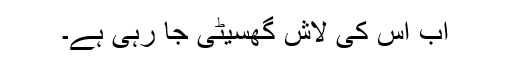
اب اس کی لاش گھسیٹی جا رہی ہے۔